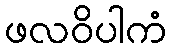
ဖလဝိပါကံ